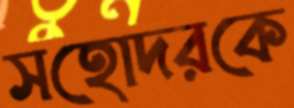
সহোদরকে